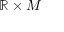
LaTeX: \mathbb { R } \times M